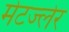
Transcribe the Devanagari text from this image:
मेटज्लेर